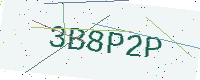
Text: 3B8P2P